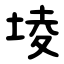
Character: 堎